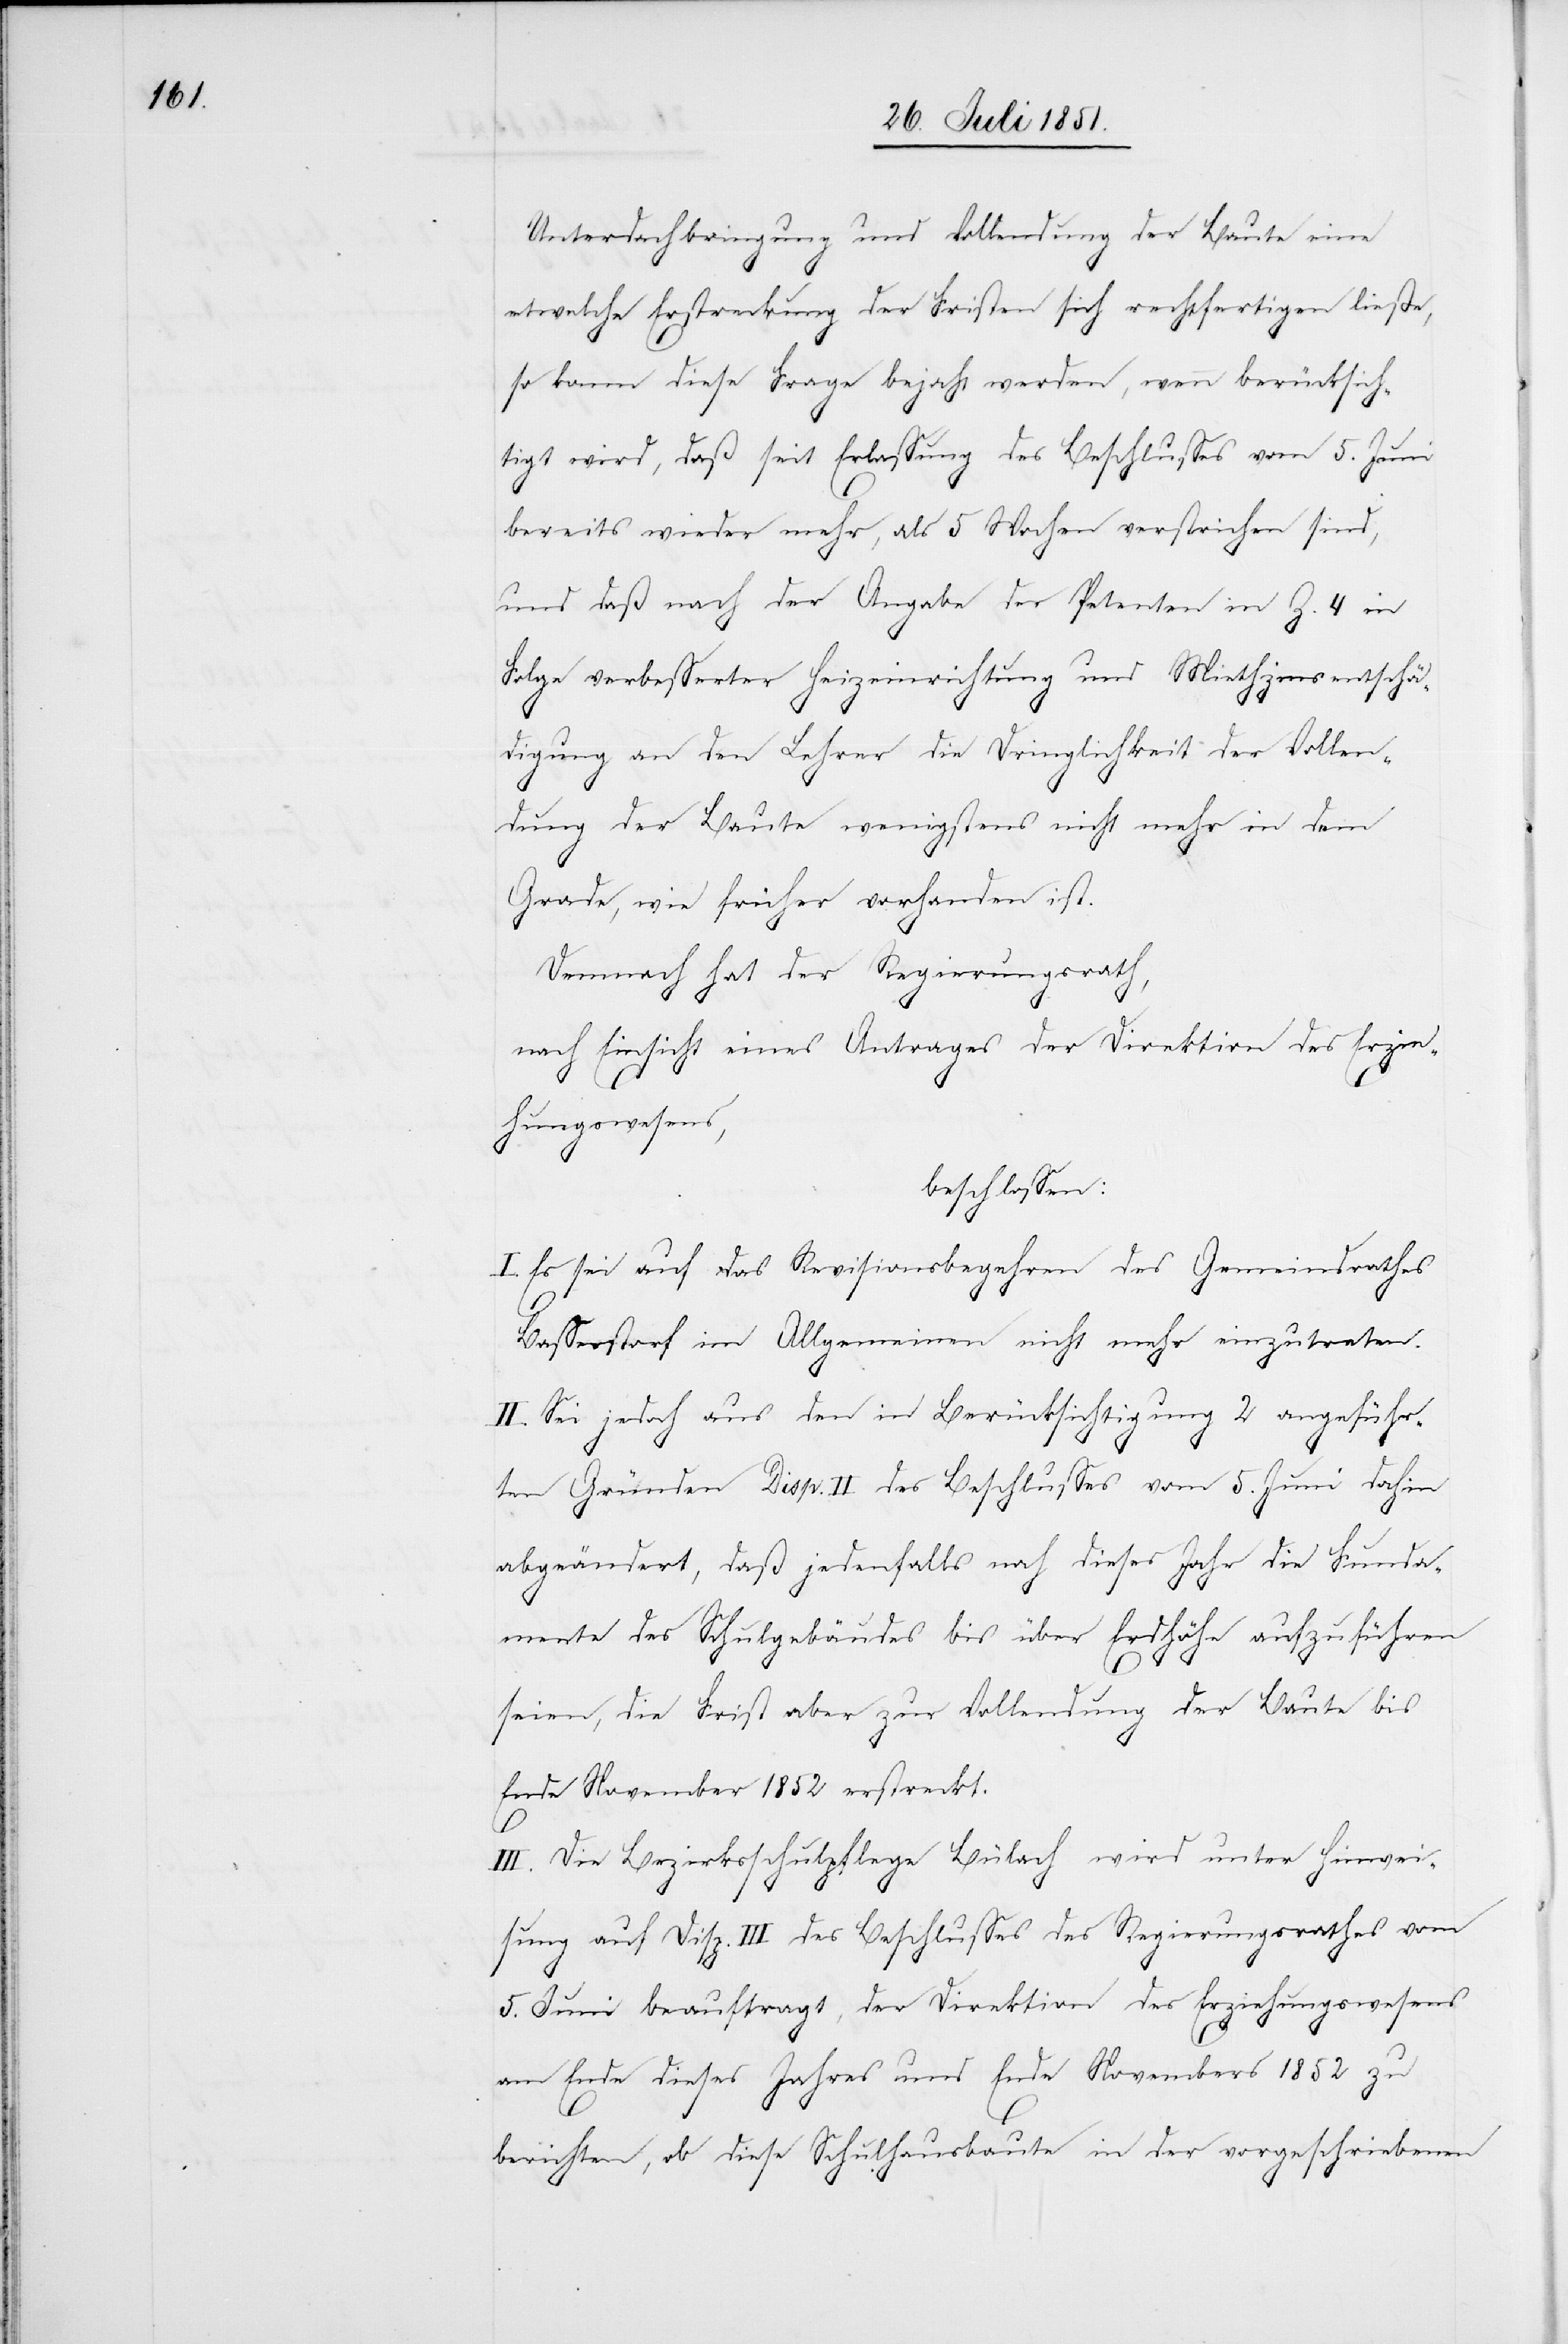
Unterdachbringung und Vollendung der Baute eine
etwelche Erstreckung der Fristen sich rechtfertigen ließe,
so kann diese Frage bejaht werden, wenn berücksich¬
tigt wird, daß seit Erlassung des Beschlusses vom 5. Juni
bereits wieder mehr, als 5 Wochen verstrichen sind,
und daß nach der Angabe der Petenten in Z. 4 in
Folge verbesserter Heizeinrichtung und Miethzinsentschä¬
digung an den Lehrer die Dringlichkeit der Vollen¬
dung der Baute wenigstens nicht mehr in dem
Grade, wie früher vorhanden ist.
Demnach hat der Regierungsrath,
nach Einsicht eines Antrages der Direktion des Erzie¬
hungswesens,
beschlossen:
I. Es sei auf das Revisionsbegehren des Gemeindrathes
Basserstorf im Allgemeinen nicht mehr einzutreten.
II. Sei jedoch aus den in Berücksichtigung 2 angeführ¬
ten Gründen Disp. II des Beschlusses vom 5. Juni dahin
abgeändert, daß jedenfalls noch dieses Jahr die Funda¬
mente des Schulgebäudes bis über Erdhöhe aufzuführen
seien, die Frist aber zur Vollendung der Baute bis
Ende November 1852 erstreckt.
III. Die Bezirksschulpflege Bülach wird unter Hinwei¬
sung auf Disp. III des Beschlusses des Regierungsrathes vom
5. Juni beauftragt, der Direktion des Erziehungswesens
am Ende dieses Jahres und Ende Novembers 1852 zu
berichten, ob diese Schulhausbaute in der vorgeschriebenen